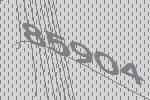
85904